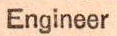
Engineer